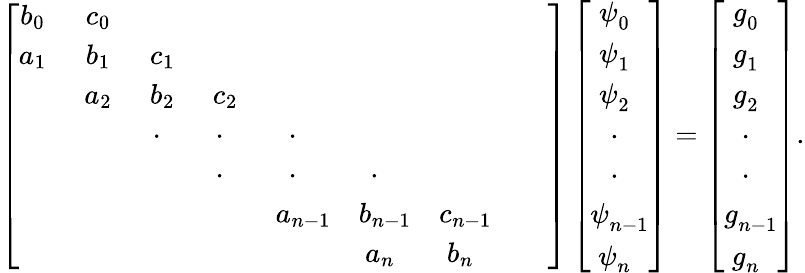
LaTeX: \left[\begin{array}{ccccccccc}{b_{0~~}}&{c_{0~~}}&&&&&&&\\ {a_{1~~}}&{b_{1~~}}&{c_{1~~}}&&&&&&\\ &{a_{2~~}}&{b_{2~~}}&{c_{2~~}}&&&&&\\ &&{\cdot{~~~}}&{\cdot{~~~}}&{\cdot{~~~}}&&&&\\ &&&{\cdot{~~~}}&{\cdot{~~~}}&{\cdot{~~~}}&&&\\ &&&&{a_{n-1}}&{b_{n-1}}&{c_{n-1}}&&\\ &&&&&{a_{n~~}}&{b_{n~~}}\end{array}\right]\left[{\begin{array}{c}{\psi_{0~~}^{~}}\\ {\psi_{1~~}^{~}}\\ {\psi_{2~~}^{~}}\\ {~\cdot_{~~~}}\\ {~\cdot_{~~~}}\\ {\psi_{n-1}^{~}}\\ {\psi_{n~~}^{~}}\end{array}}\right]=\left[{\begin{array}{c}{g_{0~~}^{~}}\\ {g_{1~~}^{~}}\\ {g_{2~~}^{~}}\\ {~\cdot_{~~~}}\\ {~\cdot_{~~~}}\\ {g_{n-1}^{~}}\\ {g_{n~~}^{~}}\end{array}}\right].